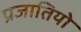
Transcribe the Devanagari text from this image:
प्रजातियो